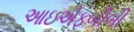
આઇએફબીબી